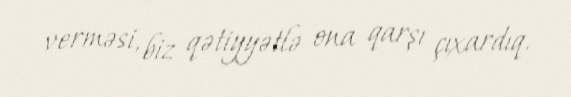
verməsi, biz qətiyyətlə ona qarşı çıxardıq.